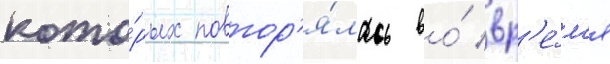
кото́рых повтор'я́лась во́ вр'е́м'я